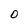
Character: O